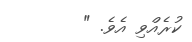
ކުރެއްވި އެވެ. "